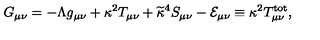
G _ { \mu \nu } = - \Lambda g _ { \mu \nu } + \kappa ^ { 2 } T _ { \mu \nu } + \widetilde { \kappa } ^ { 4 } S _ { \mu \nu } - { \cal E } _ { \mu \nu } \equiv \kappa ^ { 2 } T _ { \mu \nu } ^ { \mathrm { t o t } } ,